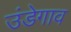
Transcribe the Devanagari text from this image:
उंडेगाव